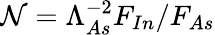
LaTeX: \mathcal{N}=\Lambda_{As}^{-2}F_{In}/F_{As}